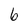
Character: 6